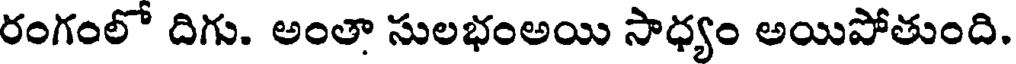
రంగంలో దిగు. అంతా సులభంఅయి సాధ్యం అయిపోతుంది.